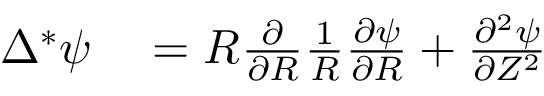
\begin{array} { r l } { \Delta ^ { * } \psi } & { { } = R \frac { \partial } { \partial R } \frac { 1 } { R } \frac { \partial \psi } { \partial R } + \frac { \partial ^ { 2 } \psi } { \partial Z ^ { 2 } } } \end{array}